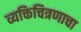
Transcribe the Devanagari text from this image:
व्यक्तिचित्रणाचा